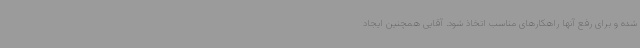
شده و برای رفع آنها راهکارهای مناسب اتخاذ شود. آقایی همچنین ایجاد